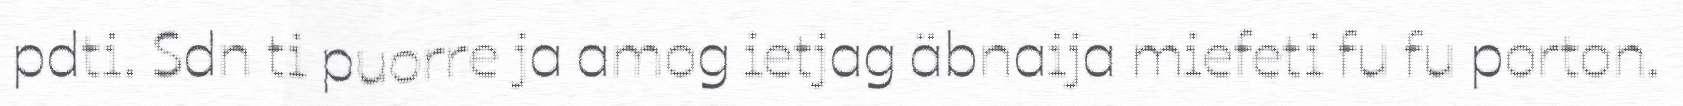
pdti. Sdn ti puorre ja amog ietjag äbnaija miefeti fu fu porton.